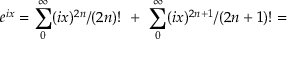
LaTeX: e ^ { i x } = \sum _ { 0 } ^ { \infty } ( i x ) ^ { 2 n } / ( 2 n ) ! \ + \ \sum _ { 0 } ^ { \infty } ( i x ) ^ { 2 n + 1 } / ( 2 n + 1 ) ! =